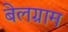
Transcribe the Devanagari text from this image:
बेलग्राम